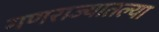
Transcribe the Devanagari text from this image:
गणराज्यातल्या